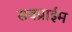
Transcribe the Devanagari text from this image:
सबप्राईम